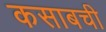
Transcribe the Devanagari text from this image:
कसाबची